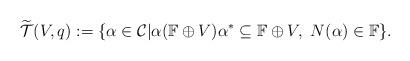
LaTeX: \begin{align*}\widetilde{\mathcal{T}}(V,q):=\{\alpha\in\mathcal{C}|\alpha(\mathbb{F} \oplus V)\alpha^{*}\subseteq\mathbb{F} \oplus V,\ N(\alpha)\in\mathbb{F}\}. \end{align*}